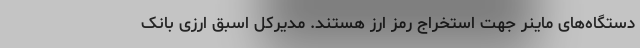
دستگاه‌های ماینر جهت استخراج رمز ارز هستند. مدیرکل اسبق ارزی بانک